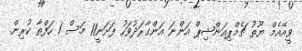
ވީއޭއެމް ޔޫތު ޗެމްޕިއަންޝިޕް އަންނަ އަންގާރަދުވަހު ފަށަނީ11 މަސް 1 ހަފްތާ ކުރިން.